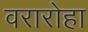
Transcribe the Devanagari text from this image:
वरारोहा